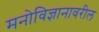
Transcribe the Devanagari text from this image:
मनोविज्ञानावरील